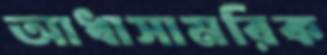
আধাসামরিক